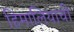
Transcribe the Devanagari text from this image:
हिमालियाची